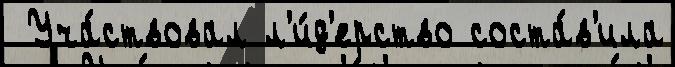
 Уча́ствовал л'и́д'ерство соста́в'ила